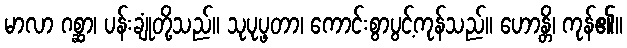
မာလာ ဂစ္ဆာ၊ ပန်းချုံတို့သည်။ သုပုပ္ဖတာ၊ ကောင်းစွာပွင့်ကုန်သည်။ ဟောန္တိ၊ ကုန်၏။